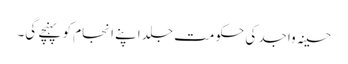
حسینہ واجد کی حکومت جلد اپنے انجام کو پہنچے گی۔